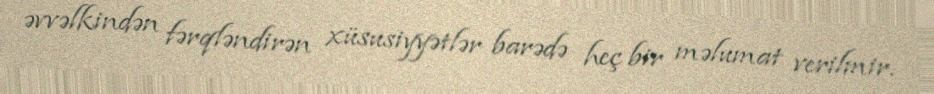
əvvəlkindən fərqləndirən xüsusiyyətlər barədə heç bir məlumat verilmir.